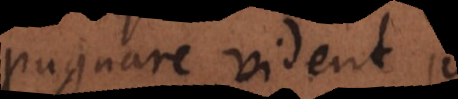
pugnare vident,